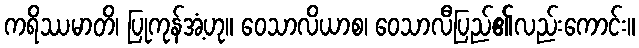
ကရိဿမာတိ၊ ပြုကုန်အံ့ဟု။ ဝေသာလိယာစ၊ ဝေသာလီပြည်၏လည်းကောင်း။